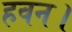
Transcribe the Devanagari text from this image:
हवन।